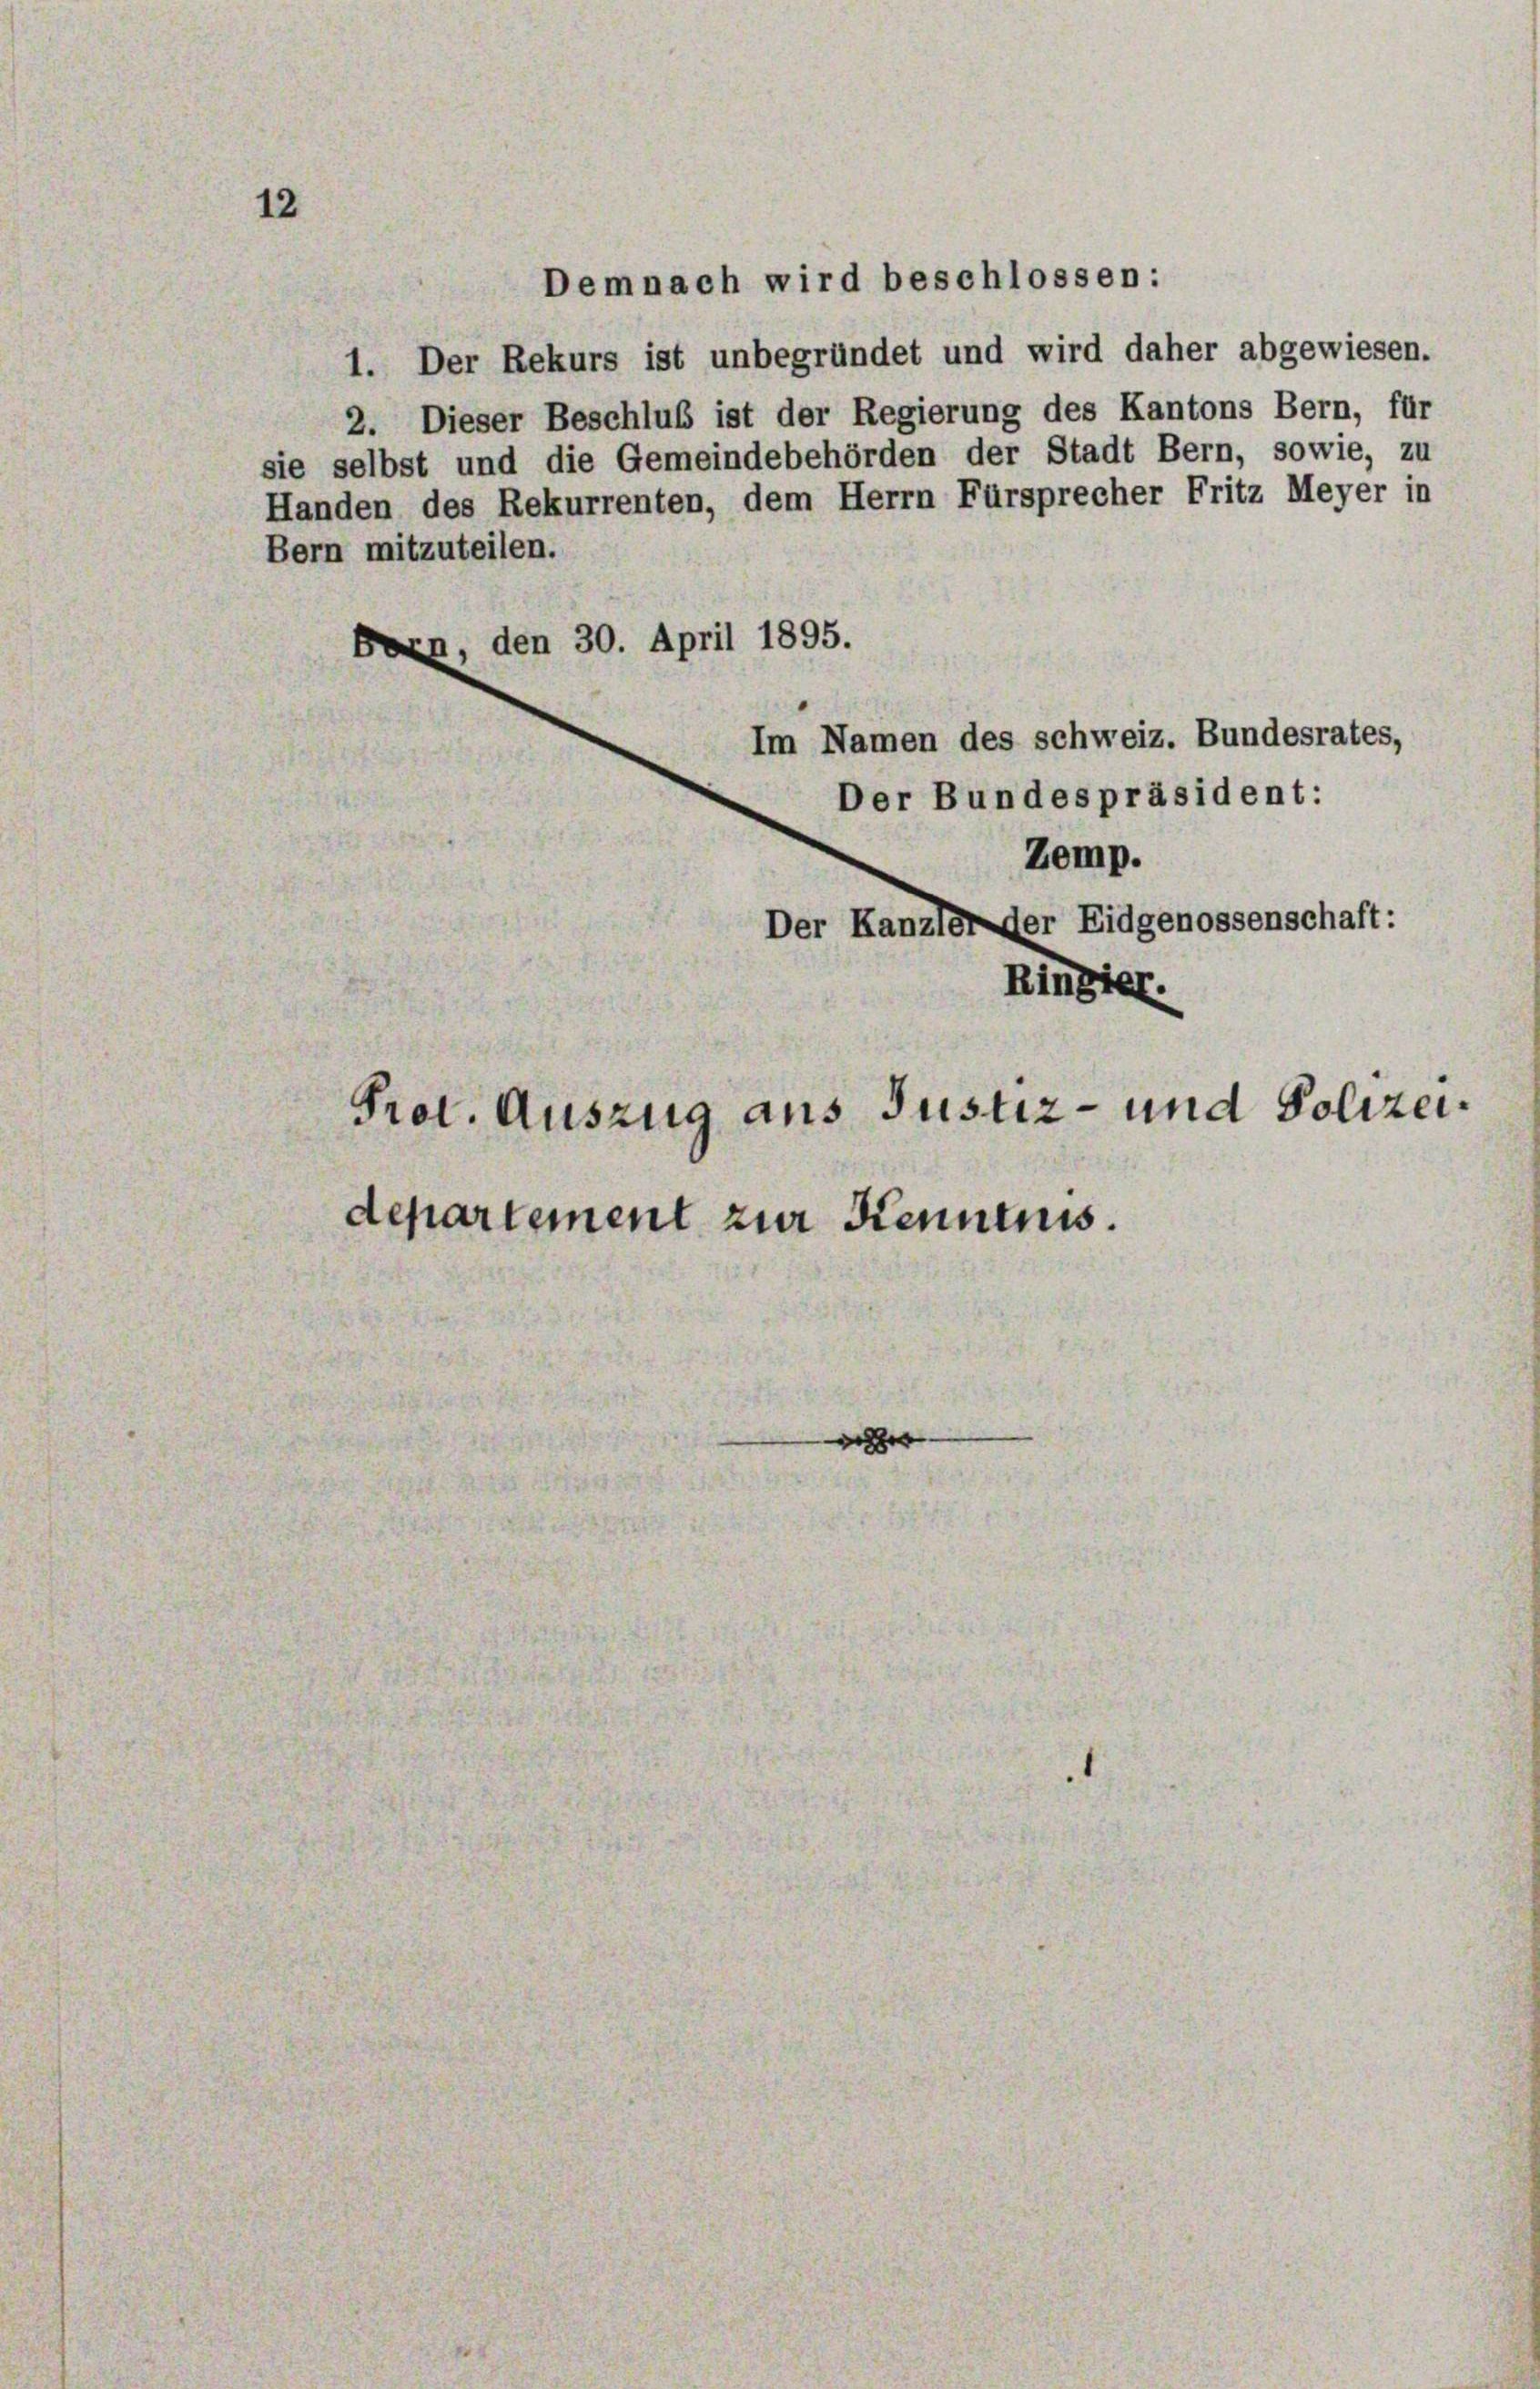
12

Bern mitzuteilen.
Bern, den 30. April 1895.
Im Namen des schweiz. Bundesrates,
Der Bundespräsident:

Demnach wird beschlossen:

Prot. Auszug aus Justiz- und Polizeidepartement zur Kenntnis.

1. Der Rekurs ist unbegründet und wird daher abgewiesen.
2. Dieser Beschluß ist der Regierung des Kantons Bern, für
sie selbst und die Gemeindebehörden der Stadt Bern, sowie, zu
Handen des Rekurrenten, dem Herrn Fürsprecher Fritz Meyer in

Zemp.
Der Kanzler der Eidgenossenschaft:
Ringier.